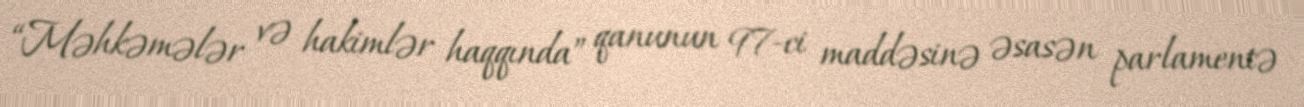
“Məhkəmələr və hakimlər haqqında” qanunun 97-ci maddəsinə əsasən parlamentə